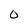
Character: 0